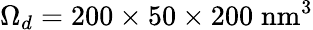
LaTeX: \Omega_{d}=200\times 50\times 200\; \mathrm{nm}^{3}